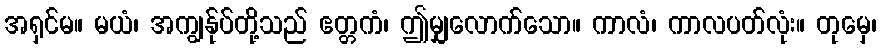
အရှင်မ။ မယံ၊ အကျွန်ုပ်တို့သည် ဧတ္တကံ၊ ဤမျှလောက်သော။ ကာလံ၊ ကာလပတ်လုံး။ တုမှေ၊